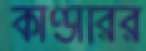
কাণ্ডারির